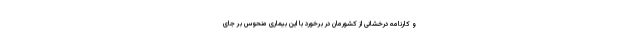
و کارنامه درخشانی از کشورمان در برخورد با این بیماری منحوس بر جای